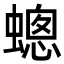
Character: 蟌